Leaving Certificate Examination (including Day School Certificate (Higher) General paper), 1934
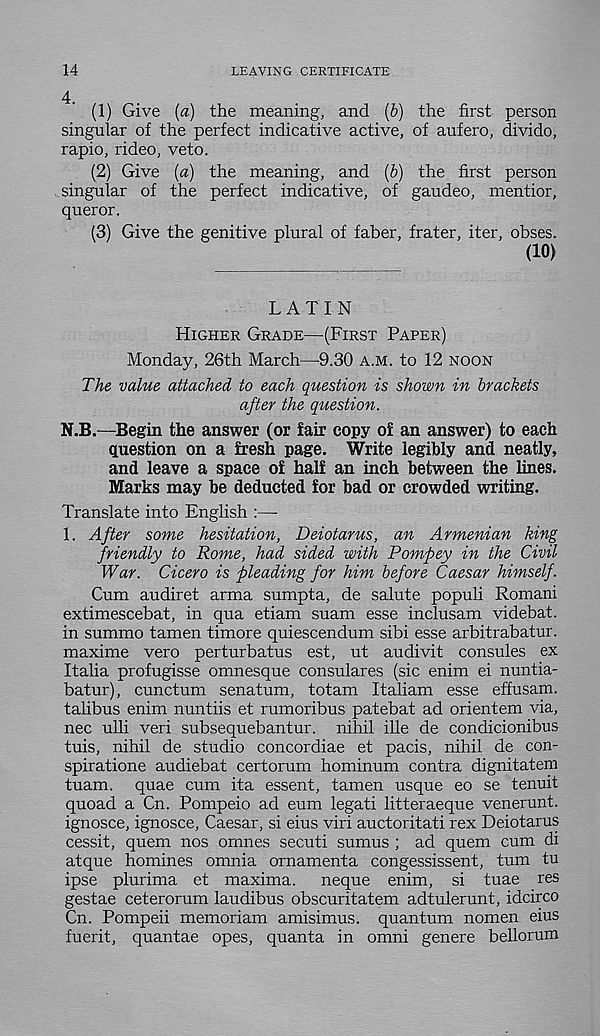
14
LEAVING CERTIFICATE
4. (1) Give [a) the meaning, and (b) the first person
singular of the perfect indicative active, of aufero, divide,
rapio, rideo, veto.
(2) Give (a) the meaning, and (b) the first person
singular of the perfect indicative, of gaudeo, mentior,
queror.
(3) Give the genitive plural of faber, frater, iter, obses.
(10)
LATIN
HIGHER GRADE—(FIRST PAPER)
Monday, 26th March—9.30 A.M. to 12 NOON
The value attached to each question is shown in brackets
after the question.
N.B.—Begin the answer (or fair copy of an answer) to each
question on a fresh page. Write legibly and neatly,
and leave a space of half an inch between the lines.
Marks may be deducted for bad or crowded writing.
Translate into English :—
1. After some hesitation, Deiotarus, an Armenian king
friendly to Rome, had sided with Pompey in the Civil
War. Cicero is pleading for him before Caesar himself.
Cum audiret arma sumpta, de salute populi Romani
extimescebat, in qua etiam suam esse inclusam videbat.
in summo tamen timore quiescendum sibi esse arbitrabatur.
maxime vero perturbatus est, ut audivit consules ex
Italia profugisse omnesque consulares (sic enim ei nuntia-
batur), cunctum senatum, totam Italiam esse effusam.
talibus enim nuntiis et rumoribus patebat ad orientem via,
nec ulli veri subsequebantur. nihil file de condicionibus
tuis, nihil de studio concordiae et pacis, nihil de con-
spiratione audiebat certorum hominum contra dignitatem
tuam. quae cum ita essent, tamen usque eo se tenuit
quoad a Cn. Pompeio ad eum legati litteraeque venerunt.
ignosce, ignosce, Caesar, si eius viri auctoritati rex Deiotarus
cessit, quern nos omnes secuti sumus ; ad quern cum di
atque homines omnia ornamenta congessissent, turn tu
ipse plurima et maxima, neque enim, si tuae res
gestae ceterorum laudibus obscuritatem adtulerunt, idcirco
Cn. Pompeii memoriam amisimus. quantum nomen eius
fuerit, quantae opes, quanta in omni genere bellorum